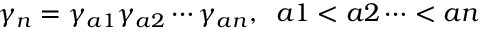
\gamma _ { n } = \gamma _ { a 1 } \gamma _ { a 2 } \cdots \gamma _ { a n } , \; \; a 1 < a 2 \cdots < a n